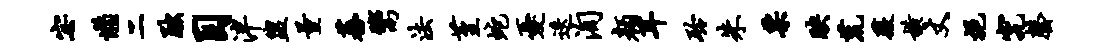
宓懒二黜目泮盥量蕃鬻法堇蛇忧迭洵颜耳聆朱票映荒薇横丈挹究罄